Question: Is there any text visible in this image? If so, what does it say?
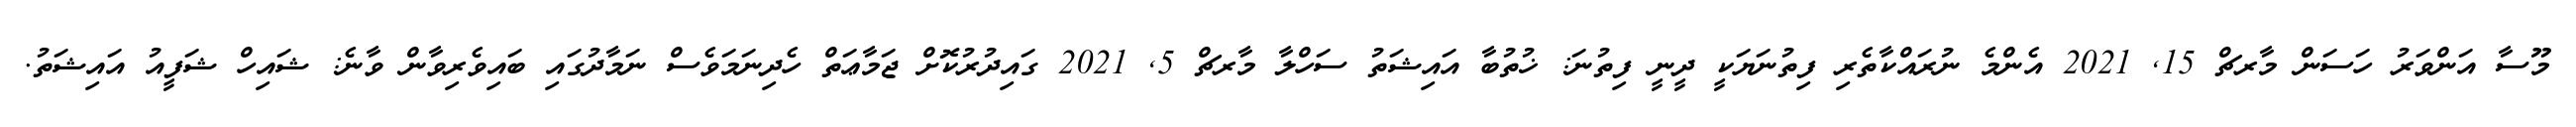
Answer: މޫސާ އަންވަރު ހަސަން މާރޗް 15, 2021 އެންމެ ނުރައްކާތެރި ފިތުނަޔަކީ ދީނީ ފިތުނަ: ޚުތުބާ އައިޝަތު ސަހްލާ މާރޗް 5, 2021 ގައިދުރުކޮށް ޖަމާޢަތް ހެދިނަމަވެސް ނަމާދުގައި ބައިވެރިވާން ވާނެ: ޝައިހް ޝަފީއު އައިޝަތު.